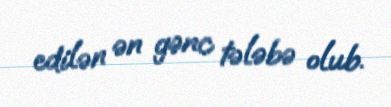
edilən ən gənc tələbə olub.